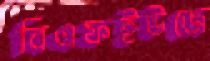
বিএফইউজে